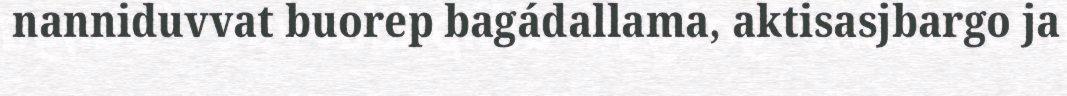
nanniduvvat buorep bagádallama, aktisasjbargo ja